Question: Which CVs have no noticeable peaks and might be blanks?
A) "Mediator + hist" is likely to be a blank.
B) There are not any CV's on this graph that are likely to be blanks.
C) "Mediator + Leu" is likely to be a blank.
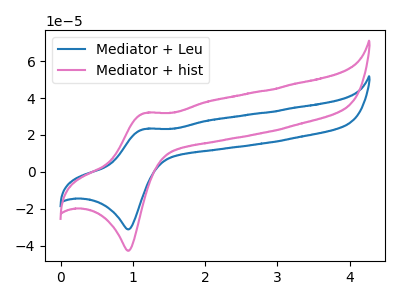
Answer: <think>The blue curve "Mediator + Leu" has an anodic peak at (1.15V, 23.25uA) and a cathodic peak at (0.95V, -31.20uA). The pink curve "Mediator + hist" has an anodic peak at (1.15V, 31.90uA) and a cathodic peak at (0.95V, -42.80uA).</think>
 <answer>B) There are not any CV's on this graph that are likely to be blanks.</answer>
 <eval>B</eval>